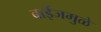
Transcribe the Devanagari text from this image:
बाईजमुळे